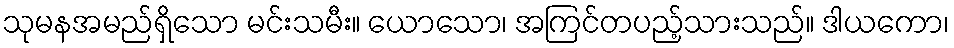
သုမနအမည်ရှိသော မင်းသမီး။ ယောသော၊ အကြင်တပည့်သားသည်။ ဒါယကော၊